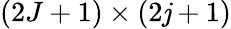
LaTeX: (2J+1)\times(2\mathit{j}+1)